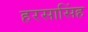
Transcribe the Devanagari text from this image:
हरसासिंह